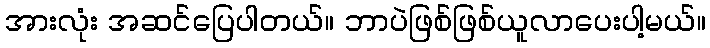
အားလုံး အဆင်ပြေပါတယ်။ ဘာပဲဖြစ်ဖြစ်ယူလာပေးပါ့မယ်။